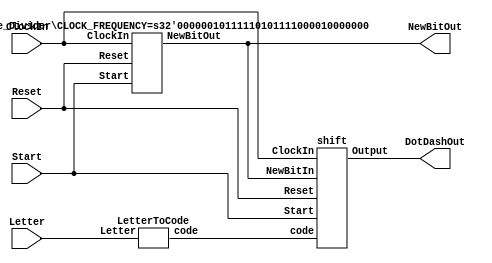
module part3#(parameter CLOCK_FREQUENCY=50000000)(ClockIn, Reset, Start, Letter, DotDashOut, NewBitOut);
	input wire ClockIn;
	input wire Reset;
	input wire Start;
	input wire [2:0] Letter;
	output wire DotDashOut;
	output wire NewBitOut;
	
	wire [11:0] code;

	
	LetterToCode a(Letter, code);
	Rate_Divider#(.CLOCK_FREQUENCY(CLOCK_FREQUENCY)) b (ClockIn, Reset, Start, NewBitOut);
	shift c(ClockIn, NewBitOut, Reset, Start, code, DotDashOut);
	

endmodule

///Shifter
module shift(ClockIn, NewBitIn, Reset, Start, code, Output);
	input ClockIn;
	input Reset;
	input NewBitIn;
	input Start;
	input [11:0]code;
	output Output;
	
	reg [11:0]data;
	
	
	always@ (posedge ClockIn)		
		begin
			if (Reset == 1) 
				data <= 12'b0;
				
			else if (Start == 1)
				data <= code;
				
			else if (NewBitIn == 1) 
				
			///Shift
				data <= {data[10:0], 1'b0};
					
		end
	assign Output = data[11];
endmodule



///Rate Divider
module Rate_Divider#(parameter CLOCK_FREQUENCY = 50000000) (ClockIn, Reset, Start, NewBitOut);
	input ClockIn;
	input Start;
	input Reset;
	output NewBitOut;
	reg [26:0] count;

	
	always @(posedge ClockIn)
	begin
		if (Reset)
			count <= 0;		
		if((Start == 1) || (count == 0))
			begin
					count <= (0.5*CLOCK_FREQUENCY);
			end
		else
			begin
				count <= count - 1;
			end
	end
	assign NewBitOut = (count == 0) ? 1:0;
	
endmodule 





///Letter Decoder
module LetterToCode(Letter, code);
	input[2:0] Letter;
	output reg [11:0]code;
	
	always@(*)
		begin
			case(Letter)
			3'b 000: code = 12'b 101110000000;
			3'b 001: code = 12'b 111010101000;
			3'b 010: code = 12'b 111010111010;
			3'b 011: code = 12'b 111010100000;
			3'b 100: code = 12'b 100000000000;
			3'b 101: code = 12'b 101011101000;
			3'b 110: code = 12'b 111011101000;
			3'b 111: code = 12'b 101010100000;
			endcase
		end
endmodule